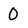
Character: 0